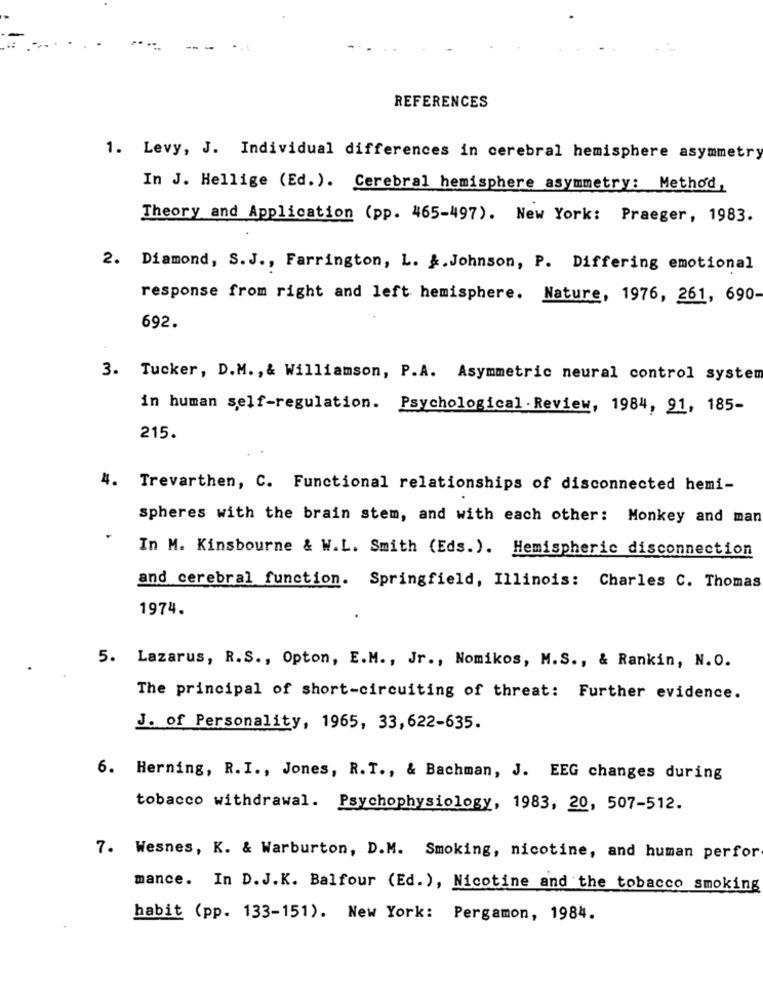
REFERENCES
1. Levy, J. Individual differences in cerebral hemisphere asymmetry
In J. Hellige (Ed.). Cerebral hemisphere asymmetry: Method,
Theory and Application (pp. 465-497). New York: Praeger, 1983.
2. Diamond, S. J ., Farrington, L. &.Johnson, P. Differing emotional
response from right and left hemisphere. Nature, 1976, 261, 690-
692.
3. Tucker, D.M. , & Williamson, P.A. Asymmetric neural control system
in human self-regulation. Psychological. Review, 1984, 91, 185-
215.
4.
Trevarthen, C. Functional relationships of disconnected hemi-
spheres with the brain stem, and with each other: Monkey and man
In M. Kinsbourne & W.L. Smith (Eds.). Hemispheric disconnection
and cerebral function. Springfield, Illinois: Charles C. Thomas
1974.
5. Lazarus, R.S ., Opton, E.M ., Jr ., Nomikos, M.S ., & Rankin, N.O.
The principal of short-circuiting of threat: Further evidence.
J. of Personality, 1965, 33, 622-635.
6. Herning, R.I ., Jones, R.T ., & Bachman, J. EEG changes during
tobacco withdrawal. Psychophysiology, 1983, 20, 507-512.
7. Wesnes, K. & Warburton, D.M. Smoking, nicotine, and human perfor
mance. In D.J.K. Balfour (Ed.), Nicotine and the tobacco smoking
habit (pp. 133-151). New York: Pergamon, 1984.